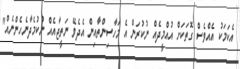
އެކަމަކު އެއްވެސް ގޮތަކަށް އުއްމީދެއް ނުކުރަން އެ މަހާސިންތާއިން އެދެވޭ ނަތީޖާއެއް ނުކުމެދާނެހެންނެއް"